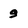
Character: g